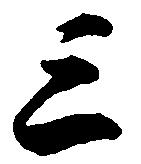
三